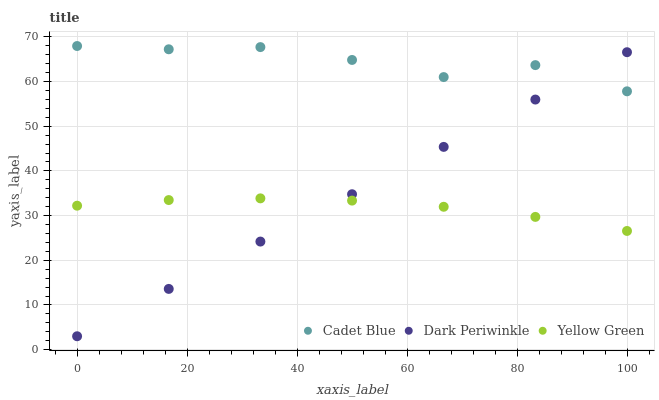
| xaxis_label | Cadet Blue | Dark Periwinkle | Yellow Green |
 | --- | --- | --- | --- |
 | 0 | 68 | 3 | 32.2 |
 | 16.7 | 67.2 | 13.6 | 33.5 |
 | 33.3 | 67.7 | 24.2 | 33.9 |
 | 50 | 64.8 | 34.8 | 33.4 |
 | 66.7 | 61 | 45.4 | 32 |
 | 83.3 | 63.7 | 56 | 29.7 |
 | 100 | 57.8 | 66.6 | 26.6 |